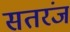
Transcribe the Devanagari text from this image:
सतरंज